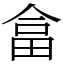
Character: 畣